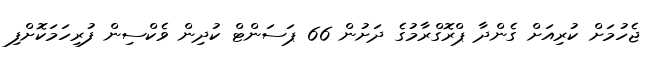
ޖެހުމަށް ކުރިއަށް ގެންދާ ޕްރޮގްރާމުގެ ދަށުން 66 ޕަސަންޓް ކުދިން ވެކްސިން ފުރިހަމަކޮށްފި